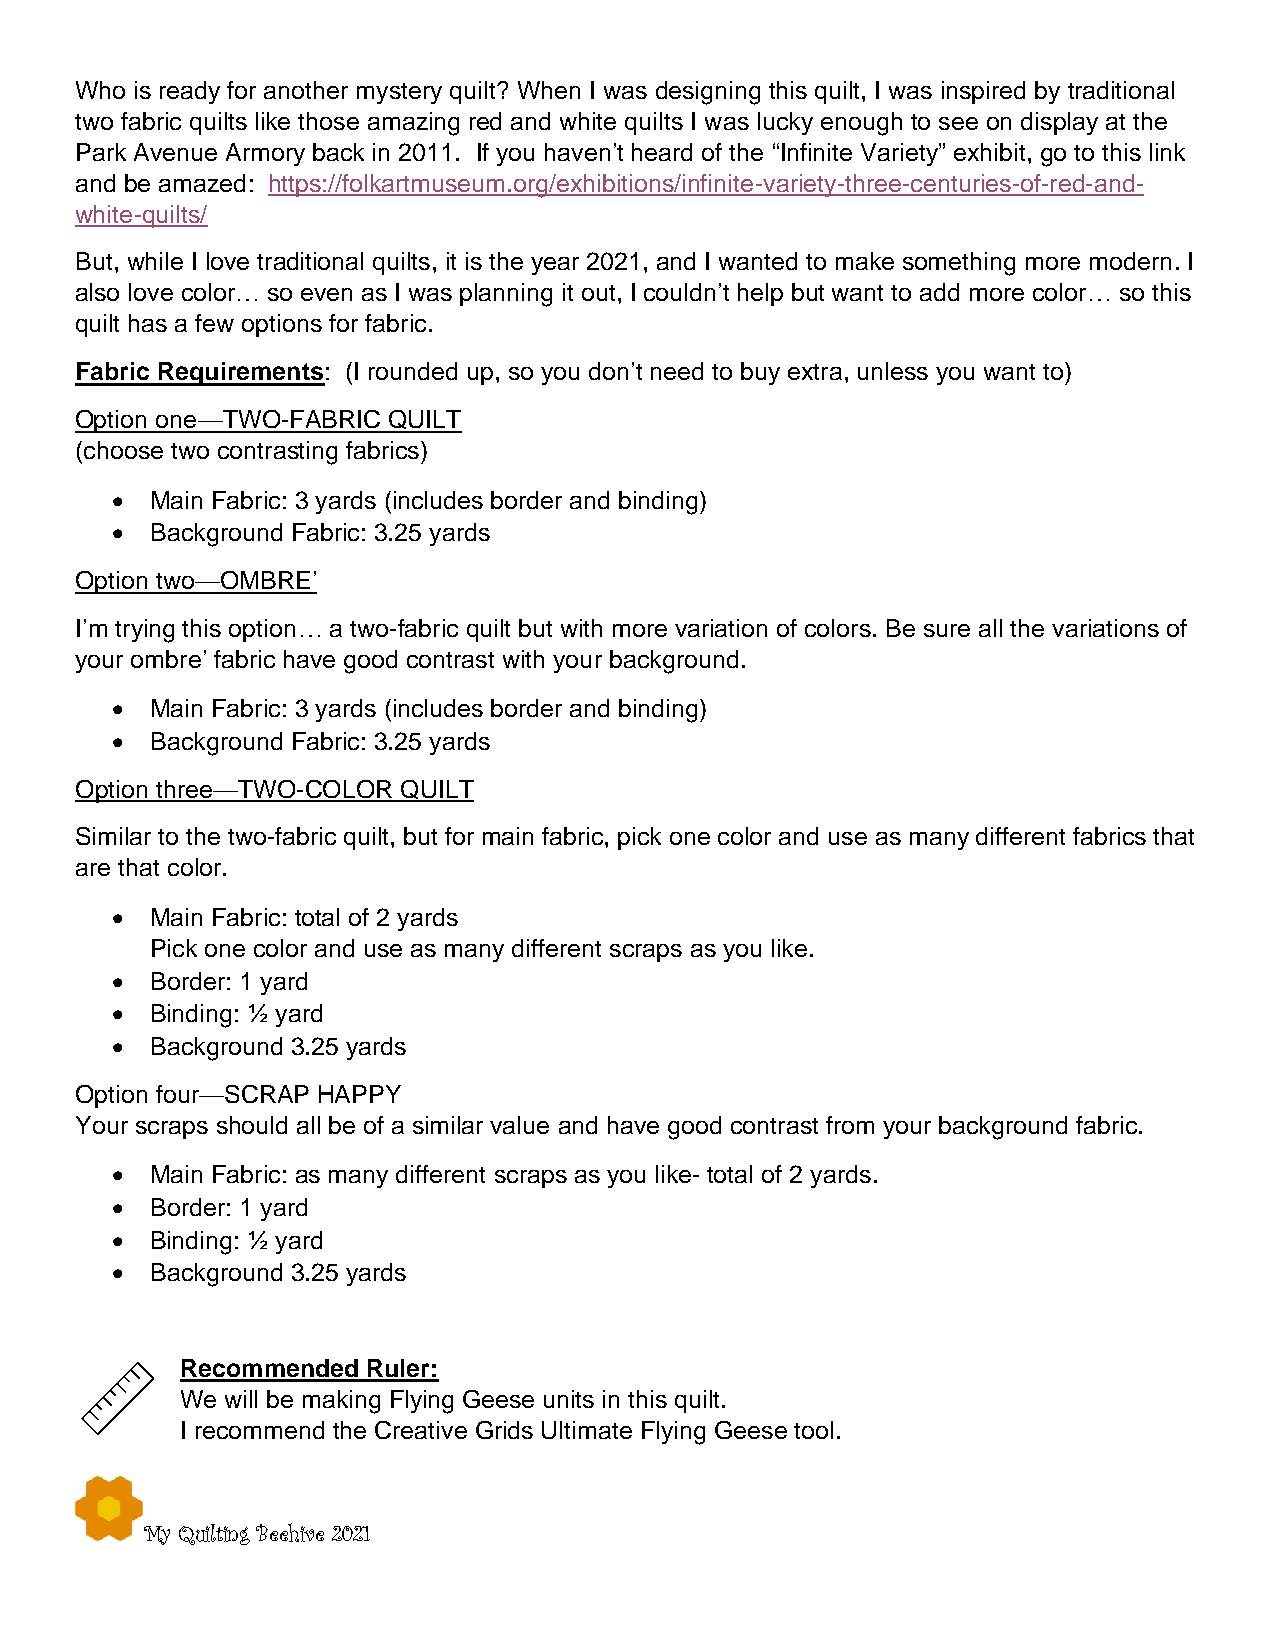
Who is ready for another mystery quilt? When I was designing this quilt, I was inspired by traditional
 two fabric quilts like those amazing red and white quilts I was lucky enough to see on display at the
 Park Avenue Armory back in 2011. If you haven’t heard of the “Infinite Variety” exhibit, go to this link
 and be amazed: https://folkartmuseum.org/exhibitions/infinite-variety-three-centuries-of-red-and-
 white-quilts/
 But, while I love traditional quilts, it is the year 2021, and I wanted to make something more modern. I
 also love color… so even as I was planning it out, I couldn’t help but want to add more color… so this
 quilt has a few options for fabric.
 Fabric Requirements: (I rounded up, so you don’t need to buy extra, unless you want to)
 Option one—TWO-FABRIC QUILT
 (choose two contrasting fabrics)
 •  Main Fabric: 3 yards (includes border and binding)
 •  Background Fabric: 3.25 yards
 Option two—OMBRE’
 I’m trying this option… a two-fabric quilt but with more variation of colors. Be sure all the variations of
 your ombre’ fabric have good contrast with your background.
 •  Main Fabric: 3 yards (includes border and binding)
 •  Background Fabric: 3.25 yards
 Option three—TWO-COLOR QUILT
 Similar to the two-fabric quilt, but for main fabric, pick one color and use as many different fabrics that
 are that color.
 •  Main Fabric: total of 2 yards
 Pick one color and use as many different scraps as you like.
 •  Border: 1 yard
 •  Binding: ½ yard
 •  Background 3.25 yards
 Option four—SCRAP HAPPY
 Your scraps should all be of a similar value and have good contrast from your background fabric.
 •  Main Fabric: as many different scraps as you like- total of 2 yards.
 •  Border: 1 yard
 •  Binding: ½ yard
 •  Background 3.25 yards
 Recommended Ruler:
 We will be making Flying Geese units in this quilt.
 I recommend the Creative Grids Ultimate Flying Geese tool.
 My Quilting Beehive 2021